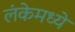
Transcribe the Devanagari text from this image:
लंकेमध्ये